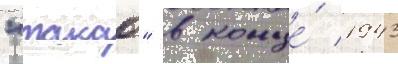
"такао" в конце́ 1943